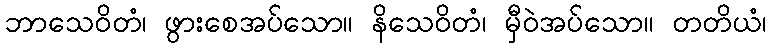
ဘာသေဝိတံ၊ ဖွားစေအပ်သော။ နိသေဝိတံ၊ မှီဝဲအပ်သော။ တတိယံ၊